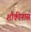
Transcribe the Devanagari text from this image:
शौकीनास